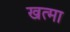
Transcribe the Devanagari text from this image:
खत्मा